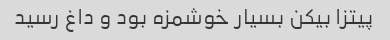
پیتزا بیکن بسیار خوشمزه بود و داغ رسید